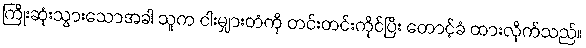
ကြိုးဆုံးသွားသောအခါ သူက ငါးမျှားတံကို တင်းတင်းကိုင်ပြီး တောင့်ခံ ထားလိုက်သည်။